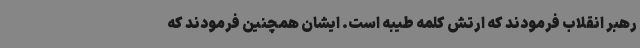
رهبر انقلاب فرمودند که ارتش کلمه طیبه است. ایشان همچنین فرمودند که